Plague in India, 1896, 1897 - Volume 1
Year: 1896
Disease focus: Plague
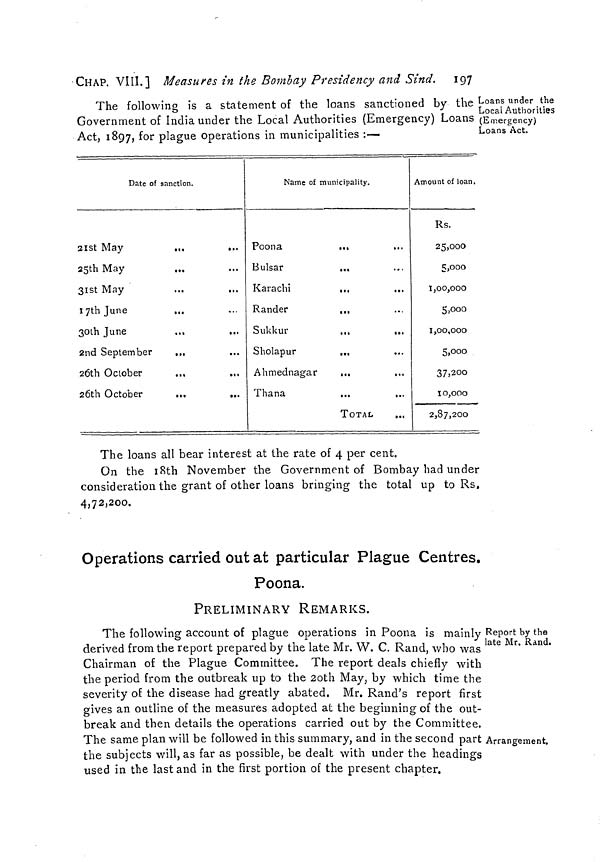
CHAP. VIII.] Measures in the Bombay Presidency and Sind. 197
Loans under the
Local Authorities
(Emergency)
Loans Act.
The following is a statement of the loans sanctioned by the
Government of India under the Local Authorities (Emergency) Loans
Act, 1897, for plague operations in municipalities :—
Date of sanction.
21st May
...
...
25th May
31st May
I 7th June
30th June
...
...
2nd September
...
26th October
26th October
...
...
Name of municipality.
Poona
...
Bulsar
...
Karachi
...
Rander
..,
Sukkur
...
...
Sholapur
...
Ahmednagar
...
Thana
...
...
TOTAL
Amount of loan.
Rs.
25,000
5,000
1,00,000
5,000
1,00,000
5,000
37,200
10,000
2,87,200
The loans all bear interest at the rate of 4 per cent.
On the 18th November the Government of Bombay had under
consideration the grant of other loans bringing the total up to Rs.
4,72,200.
Operations carried out at particular Plague Centres,
Poona.
PRELIMINARY REMARKS.
Report by the
late Mr. Rand.
Arrangement.
The following account of plague operations in Poona is mainly
derived from the report prepared by the late Mr. W. C. Rand, who was
Chairman of the Plague Committee. The report deals chiefly with
the period from the outbreak up to the 2oth May, by which time the
severity of the disease had greatly abated, Mr. Rand's report first
gives an outline of the measures adopted at the beginning of the out-
break and then details the operations carried out by the Committee.
The same plan will be followed in this summary, and in the second part
the subjects will, as far as possible, be dealt with under the headings
used in the last and in the first portion of the present chapter.